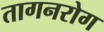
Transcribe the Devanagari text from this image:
तागनरोग